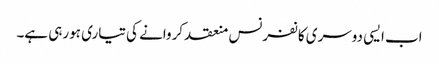
اب ایسی دوسری کانفرنس منعقد کروانے کی تیاری ہورہی ہے۔